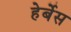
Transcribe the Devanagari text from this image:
हेर्बेस